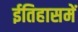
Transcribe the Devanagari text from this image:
ईतिहासमें